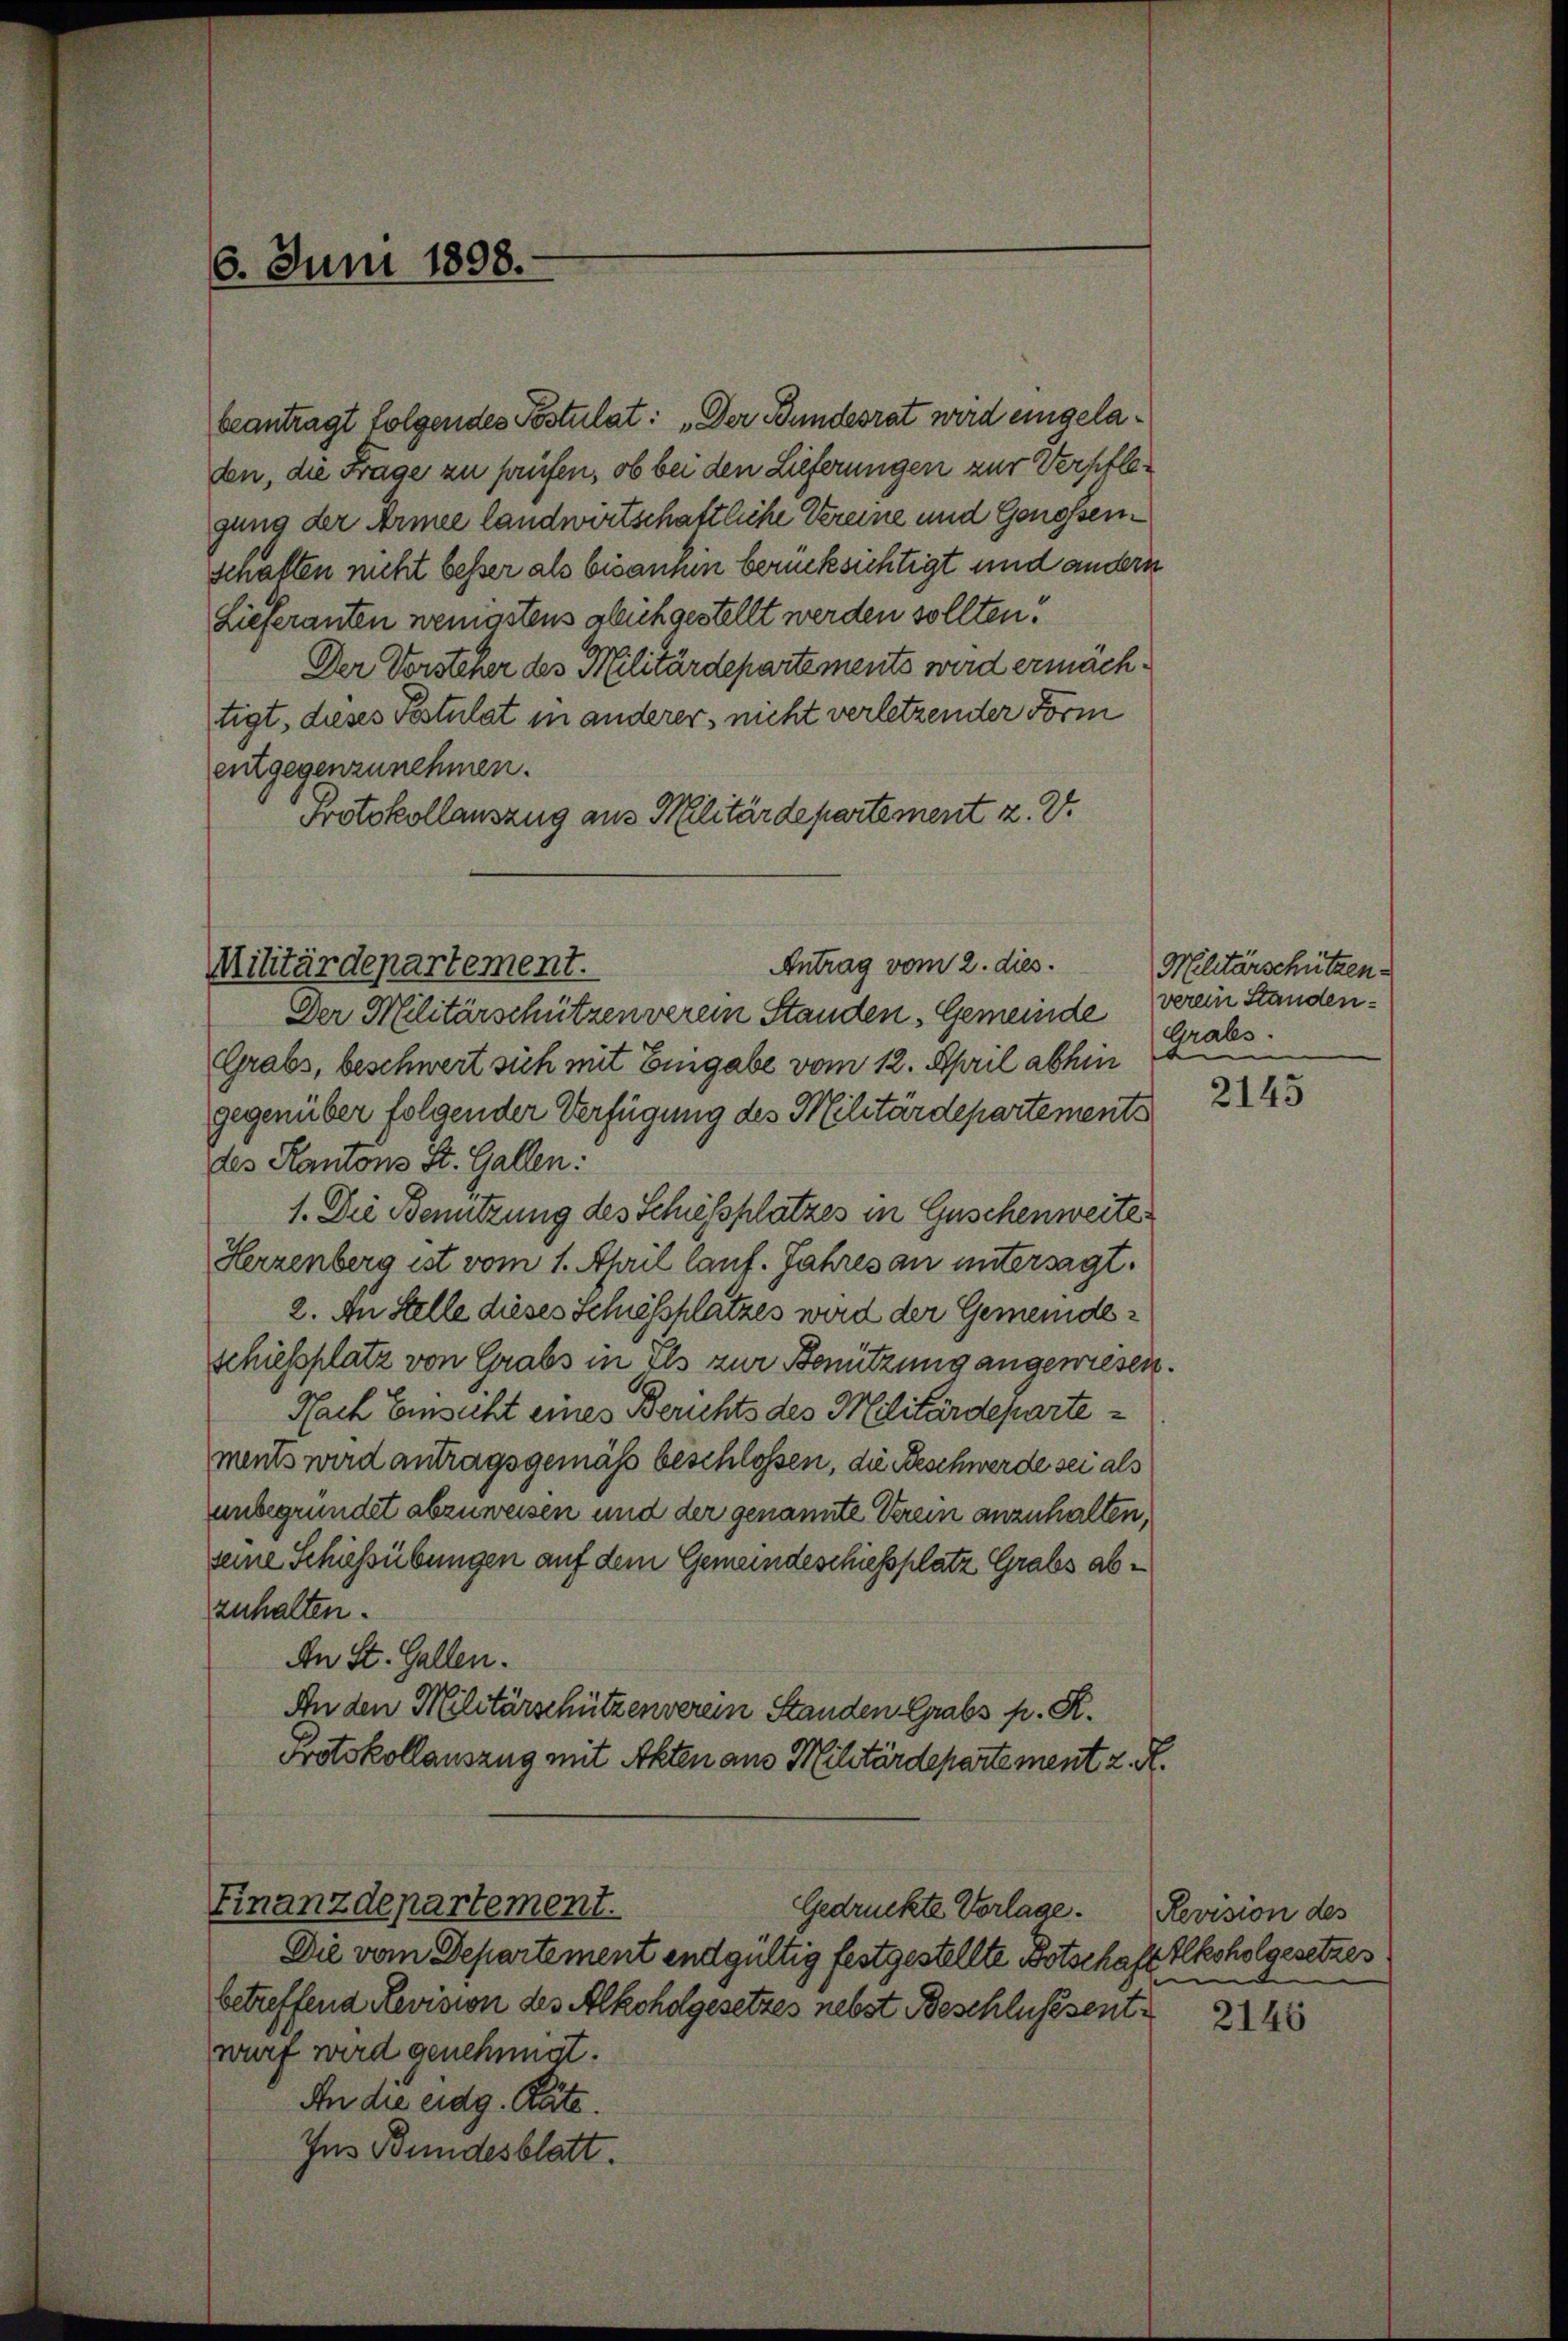
beantragt folgendes Postulat: „Der Bundesrat wird eingeladen, die Frage zu prüfen, ob bei den Lieferungen zur Verpflegung der Armee landwirtschaftliche Vereine und Genossenschaften nicht besser als bisanhin berücksichtigt und andern
Lieferanten wenigstens alich gestellt werden sollten.
Der Vorsteher des Militärdepartements wird ermächtigt, dieses Festulat in anderer, nicht verletzender Form
entgegenzunehmen.
Protokollauszug aus Militärdepartement z. Zt.

6. Juni 1898.

Antrag vom 2. dies.
Militärdepartement.

Die vom Departement endgültig festgestellte Botschaft Alkoholgesetzes
betreffend Revision des Alkoholgesetzes nebst Beschlussentwurf wird genehmigt.
An die eidg. Räte.
Ins Bundesblatt.

Der Militärschützen verein Standen Gemeinde verein Standen¬
Grabs, beschwert sich mit Eingabe vom 12. April abhin
gegenüber folgender Verfügung des Militärdepartements
des Kantons St. Gallen:
1. Die Benutzung des Schiessplatzes in Guschenweite
Herzenberg ist vom 1. April lauf. Jahres an untersagt.
2. An Stelle dieses Schiessplatzes wird der Gemeindeschiessplatz von Grabs in Ils zur Benützung angewiesen.
Nach Einsicht eines Berichts des Militärdepartements wird antragsgemäß beschlossen, die Beschwerde sei als
unbegründet abzuweisen und der genannte Verein anzuhalten,
seine Schiessübungen auf dem Gemeindeschiessplatz Grabs abzuhalten.
An St. Gallen.
An den Militärschützenverein Standen Grabs p. R.
Protokollauszug mit Akten aus Militärdepartement z. R.

Finanzdepartement.
Gedrückte Vorlage.

Militärschützen.
Grabs
b

2145

Revision des

2146